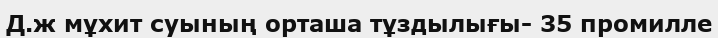
Д.ж мұхит суының орташа тұздылығы- 35 промилле